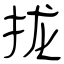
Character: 拢